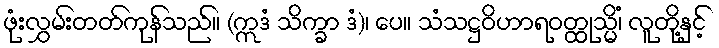
ဖုံးလွှမ်းတတ်ကုန်သည်။ (ဣဒံ သိက္ခာ ဒံ)၊ ပေ။ သံသဋ္ဌဝိဟာရဝတ္ထုသ္မိံ၊ လူတို့နှင့်